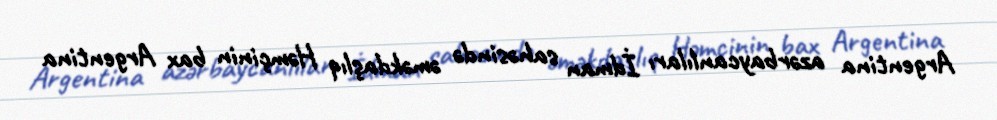
Argentina azərbaycanlıları İdman sahəsində əməkdaşlıq Həmçinin bax Argentina